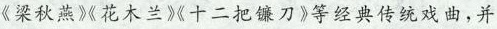
《梁秋燕》《花木兰》《十二把镰刀》等经典传统戏曲，并